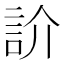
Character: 䚸